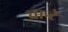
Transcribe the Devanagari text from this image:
चान्टे